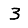
Digit: 3